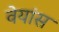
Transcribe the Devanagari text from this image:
वेयांस